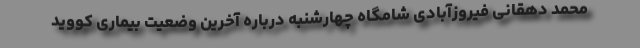
محمد دهقانی فیروزآبادی شامگاه چهارشنبه درباره آخرین وضعیت بیماری کووید